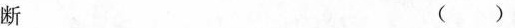
断 ()